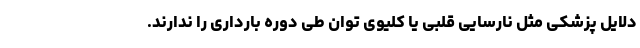
دلایل پزشکی مثل نارسایی قلبی یا کلیوی توان طی دوره بارداری را ندارند.